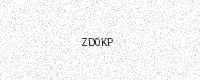
Text: ZD0KP